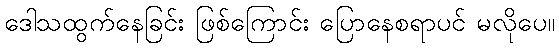
ဒေါသထွက်နေခြင်း ဖြစ်ကြောင်း ပြောနေစရာပင် မလိုပေ။